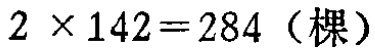
\(2\times142 = 284（棵）\)